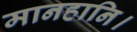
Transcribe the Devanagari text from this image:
मानहानि।